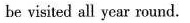
be visited all year round.